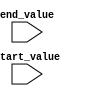
module dynamic_range_for_loop (
    input wire [31:0] start_value,
    input wire [31:0] end_value
);

    reg [31:0] loop_variable;

    always @ (posedge clk or negedge rstn) begin
        if (~rstn) begin
            loop_variable <= start_value;
        end else begin
            if (loop_variable < end_value) begin
                loop_variable <= loop_variable + 1;
            end else begin
                // Loop completed, do something here
            end
        end
    end

endmodule